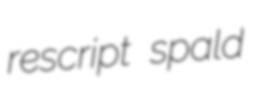
rescript spald